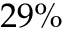
2 9 \%